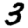
Digit: 3